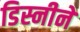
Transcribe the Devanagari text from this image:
डिस्नीने